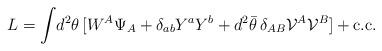
LaTeX: \begin{align*}L= \int\! d^2 \theta\, [ W^A \Psi_A+\delta_{ab} Y^a Y^b+d^2 \bar\theta\,\delta_{AB}{\cal V}^A{\cal V}^B]+ \mbox{c.c.}\end{align*}